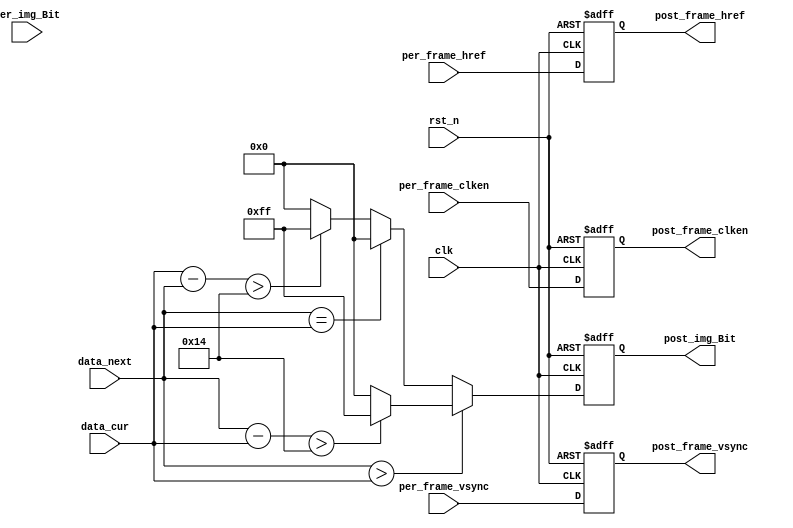
module Diff_Frame #(
    parameter  THRESHOLD = 8'd20
)(
    //globol clock
    input           clk,
    input           rst_n,
    //synced signal
    input   [7:0]   data_cur ,      //
    input   [7:0]   data_next,      //

    //Image data prepred to be processd
    input				per_frame_vsync,	//Prepared Image data vsync valid signal
    input				per_frame_href,		//Prepared Image data href vaild  signal
    input				per_frame_clken,	//Prepared Image data output/capture enable clock
    input				per_img_Bit,		//Prepared Image Bit flag outout(1: Value, 0:inValid)
    
    //Image data has been processd
    output			post_frame_vsync,	//Processed Image data vsync valid signal
    output			post_frame_href,	//Processed Image data href vaild  signal
    output			post_frame_clken,	//Processed Image data output/capture enable clock
    output   [7:0] post_img_Bit		//Processed Image Bit flag outout(1: Value, 0:inValid)
); 

reg  [7:0] data_diff;
wire [7:0] data;
assign data = (data_next>data_cur)?((data_next-data_cur > THRESHOLD)? 8'd255 :8'd0):((data_next==data_cur)? 8'd0: ((data_cur-data_next > THRESHOLD)? 8'd255 :8'd0));

always@(posedge clk or negedge rst_n)
if(!rst_n) 
   data_diff<= 8'd0;		
else begin 
   data_diff<= data;
end 

reg per_frame_vsync_r;
reg per_frame_href_r ;
reg per_frame_clken_r;

always@(posedge clk or negedge rst_n)
if(!rst_n) begin
  per_frame_vsync_r <= 1'b0;
  per_frame_href_r  <= 1'b0; 
  per_frame_clken_r <= 1'b0;
 end 
else begin
  per_frame_vsync_r <= per_frame_vsync;
  per_frame_href_r  <= per_frame_href ; 
  per_frame_clken_r <= per_frame_clken;
end  


assign post_frame_vsync	= per_frame_vsync_r ;
assign post_frame_href	= per_frame_href_r  ;
assign post_frame_clken	= per_frame_clken_r ;
assign post_img_Bit     = data_diff         ;
        
endmodule